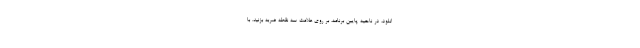
انلود، در ناحیه پایین برنامه، بر روی علامت سه نقطه ضربه بزنید. با